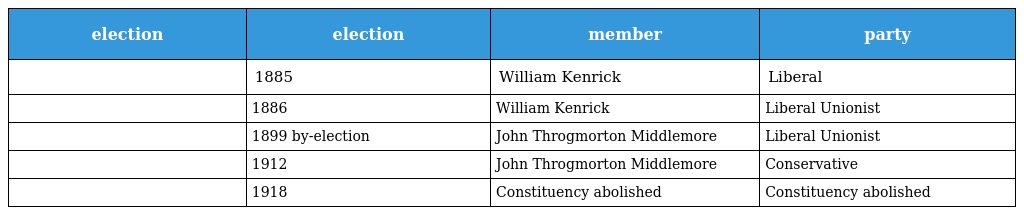
| election | election | member | party |
 | --- | --- | --- | --- |
 |  | 1885 | William Kenrick | Liberal |
 |  | 1886 | William Kenrick | Liberal Unionist |
 |  | 1899 by-election | John Throgmorton Middlemore | Liberal Unionist |
 |  | 1912 | John Throgmorton Middlemore | Conservative |
 |  | 1918 | Constituency abolished | Constituency abolished |